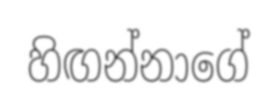
හිඟන්නාගේ